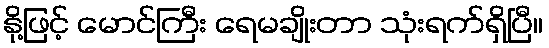
နို့ဖြင့် မောင်ကြီး ရေမချိုးတာ သုံးရက်ရှိပြီ။